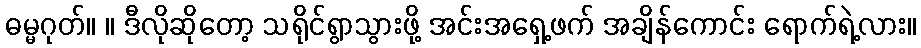
ဓမ္မဂုတ်။ ။ ဒီလိုဆိုတော့ သရိုင်ရွာသွားဖို့ အင်းအရှေ့ဖက် အချိန်ကောင်း ရောက်ရဲ့လား။